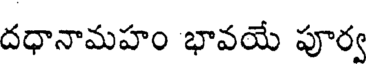
దధానామహం భావయే పూర